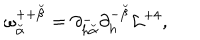
LaTeX: \omega _ { \breve { \alpha } } ^ { + + { \breve { \beta } } } = \partial _ { h { \breve { \alpha } } } ^ { - } \partial _ { h } ^ { - { \breve { \beta } } } { \cal L } ^ { + 4 } ,